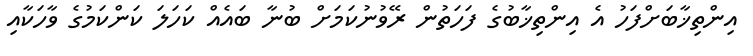
އިންތިޚާބަށްފަހު އެ އިންތިޚާބުގެ ފަހަތުން ރޭވުނުކަމަށް ބުނާ ބައެއް ކަހަލަ ކަންކަމުގެ ވާހަކާއި